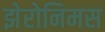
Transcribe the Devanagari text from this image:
झेरोनिमस